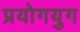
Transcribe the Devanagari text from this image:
प्रयोगयुग